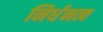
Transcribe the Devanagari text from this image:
निर्धनत्व